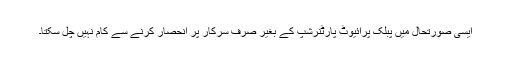
ایسی صورتحال میں پبلک پرائیوٹ پارٹنرشپ کے بغیر صرف سرکار پر انحصار کرنے سے کام نہیں چل سکتا۔